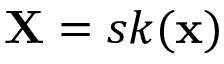
{ \mathbf X } = s k ( { \mathbf x } )